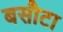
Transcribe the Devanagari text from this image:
बसौटा